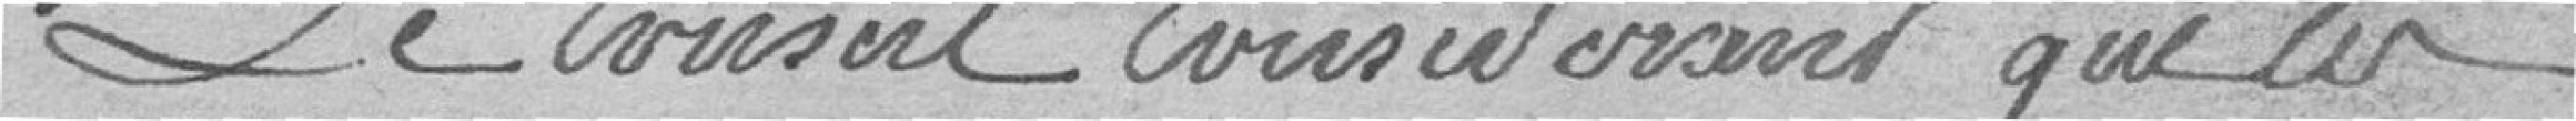
Le conseil considérant que les